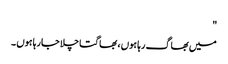
"
میں بھاگ رہا ہوں ، بھاگتا چلا جارہا ہوں ۔